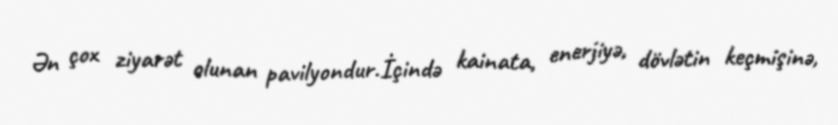
Ən çox ziyarət olunan pavilyondur.İçində kainata, enerjiyə, dövlətin keçmişinə,